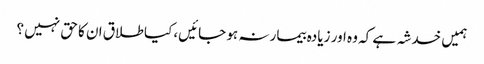
ہمیں خدشہ ہے کہ وہ اور زیادہ بیمار نہ ہو جائیں، کیا طلاق ان کا حق نہیں ؟